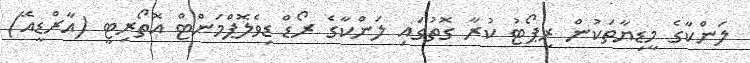
ލަންކާގެ މީޑިޔާތަކުން ރިޕޯޓު ކުރާ ގޮތުގައި ލަންކާގެ ރޯޑް ޑިވެލޮޕްމަންޓް އޮތޯރިޓީ (އާރްޑީއޭ)